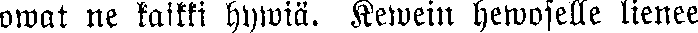
owat ne kaikki kywiä. Kewein hewoselle lienee